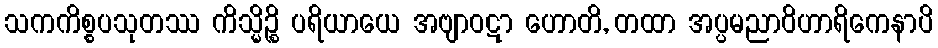
သကကိစ္စပသုတဿ ကိသ္မိဉ္စိ ပရိယာယေ အဗျာဝဋာ ဟောတိ, တထာ အပ္ပမညာဝိဟာရိကေနာပိ